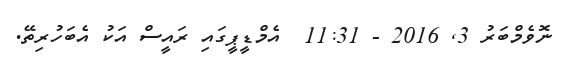
ނޮވެމްބަރު 3